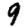
Digit: 9